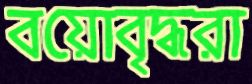
বয়োবৃদ্ধরা